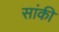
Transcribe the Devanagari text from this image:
सांकी